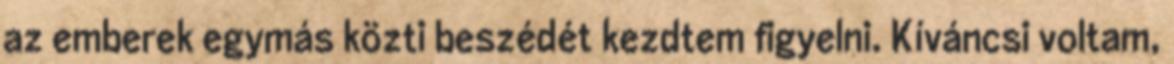
az emberek egymás közti beszédét kezdtem figyelni. Kíváncsi voltam,